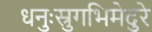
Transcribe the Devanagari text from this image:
धनुःस्रुगभिमेदुरे